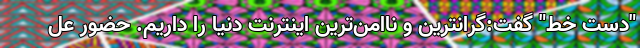
"دست خط" گفت:گرانترین و ناامن‌ترین اینترنت دنیا را داریم. حضور عل